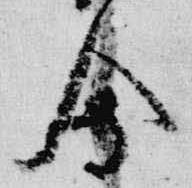
会